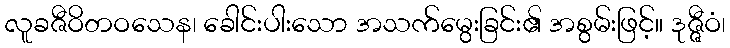
လူခဇီဝိတဝသေန၊ ခေါင်းပါးသော အသက်မွေးခြင်း၏ အစွမ်းဖြင့်။ ဒုဇ္ဇီဝံ၊